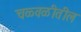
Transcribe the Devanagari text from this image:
चळ्वळीतील